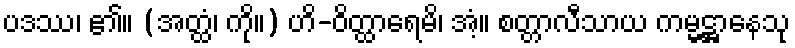
ပဒဿ၊ ၏။ (အတ္ထံ၊ ကို။) ဟိ-ဝိတ္ထာရေမိ၊ အံ့။ စတ္တာလီသာယ ကမ္မဋ္ဌာနေသု